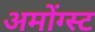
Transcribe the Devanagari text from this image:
अमोंग्स्ट